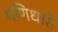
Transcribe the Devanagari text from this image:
मणिधारी